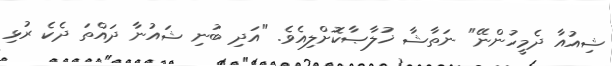
ޝިއުއާ ދެމީހުންނޭ" ނަތާޝާ ޚުލާޞާކޮށްލިއެވެ. "އަދި ބުނި ޝައުނާ ދައްތަ ދެކެ ރުޅި